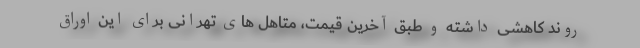
روند کاهشی داشته و طبق آخرین قیمت، متاهل های تهرانی برای این اوراق